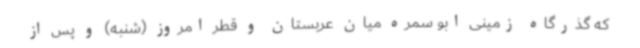
که گذرگاه زمینی ابو سمره میان عربستان و قطر امروز (شنبه) و پس از